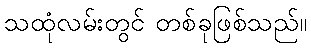
သထုံလမ်းတွင် တစ်ခုဖြစ်သည်။